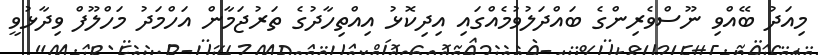
މިއަދު ބޭއްވި ނޫސްވެރިންގެ ބައްދަލުވުމެއްގައި އިދިކޮޅު އިއްތިހާދުގެ ތަރުޖަމާން އަހްމަދު މަހްލޫފް ވިދާޅުވީ